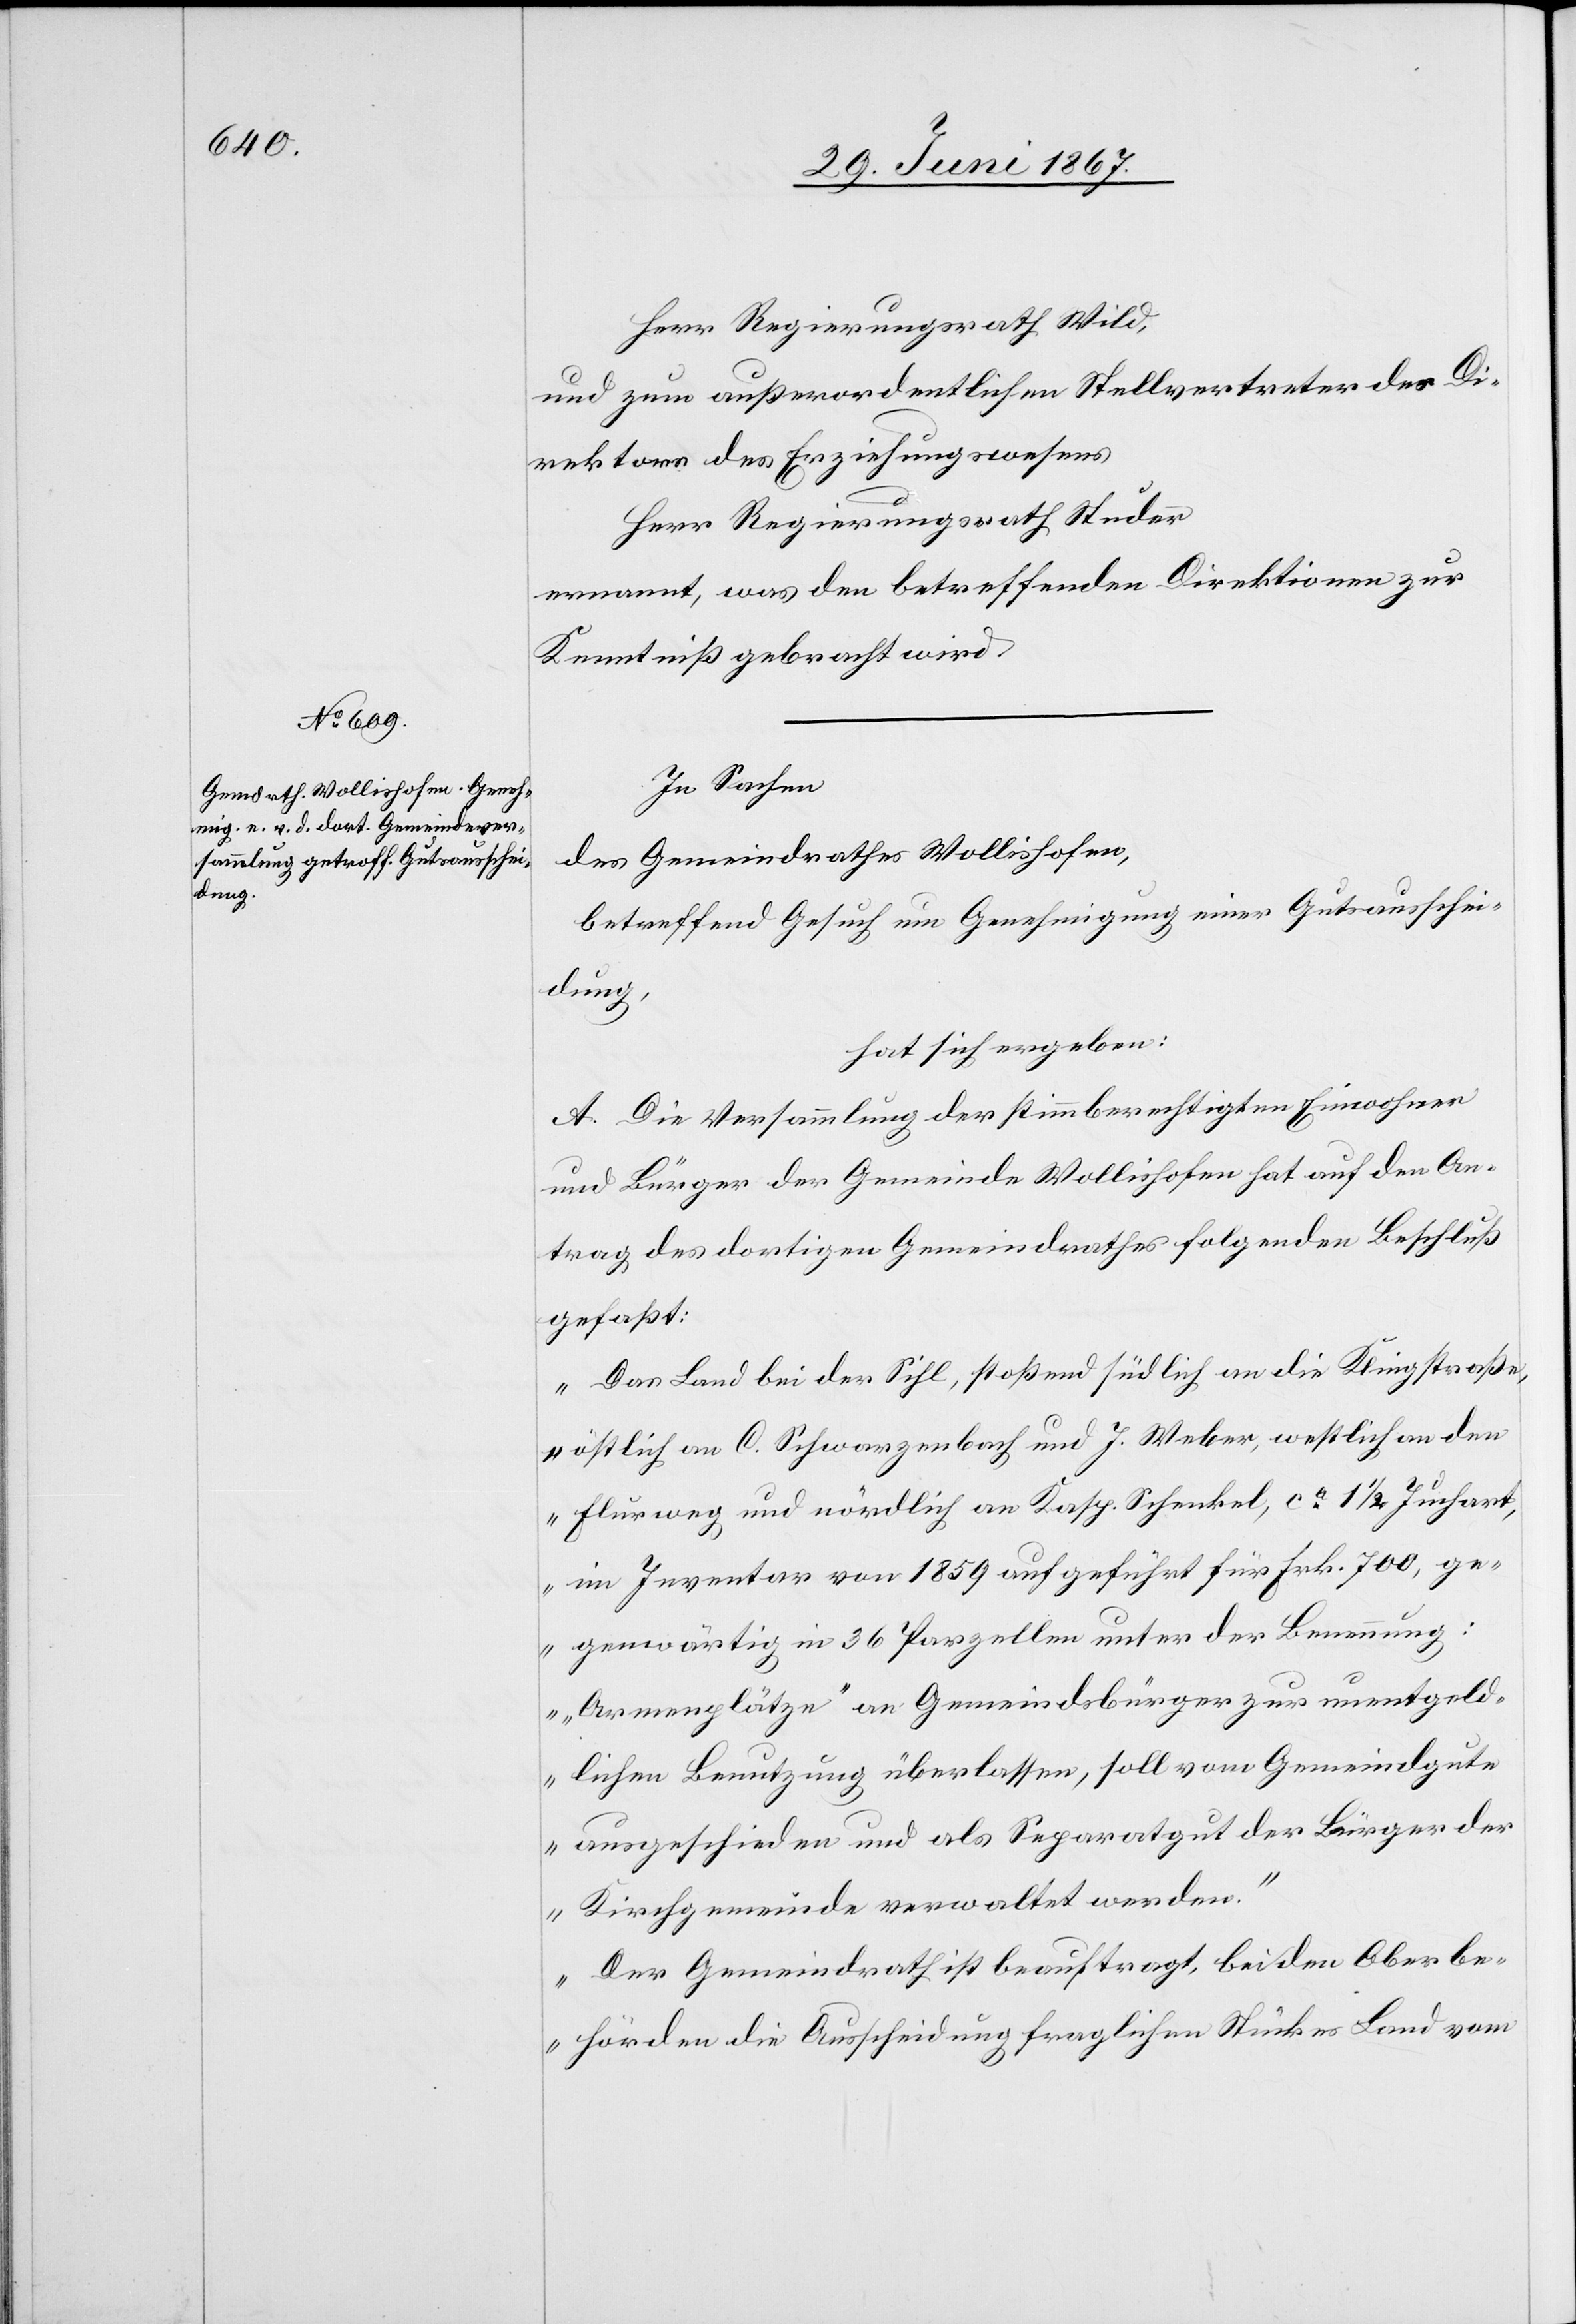
Herr Regierungsrath Wild,
und zum außerordentlichen Stellvertreter der Di¬
rektion des Erziehungswesens
Herr Regierungsrath Studer
ernannt, was den betreffenden Direktionen zur
Kenntniß gebracht wird.
In Sachen
des Gemeindrathes Wollishofen,
betreffend Gesuch um Genehmigung einer Gutsausschei¬
dung,
hat sich ergeben:
A. Die Versammlung der stimmberechtigten Einwohner
und Bürger der Gemeinde Wollishofen hat auf den An¬
trag des dortigen Gemeindrathes folgenden Beschluß
gefaßt:
„Das Land bei der Sihl, stoßend südlich an die Klingstraße,
östlich an C. Schwarzenbach und J. Weber, westlich an den
Flurweg und nördlich an Kasp. Schenkel, ca. 1 1/2 Juchart
im Inventar von 1859 aufgeführt für Frk. 700, ge¬
genwärtig in 36 Parzellen unter der Benennung:
„Armenplätze“ an Gemeindsbürger zur unentgeld¬
lichen Benutzung überlassen, soll vom Gemeindgute
ausgeschieden und als Separatgut der Bürger der
Kirchgemeinde verwaltet werden.
Der Gemeindrath ist beauftragt, bei den Oberbe¬
hörden die Ausscheidung fraglichen Stückes Land vom